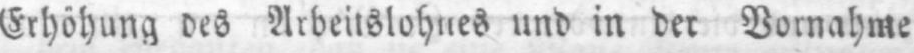
Erhöhung des Arbeitslohnes und in der Vornahme